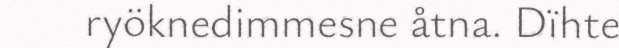
ryöknedimmesne åtna. Dïhte